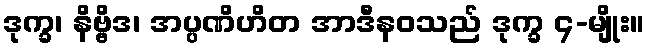
ဒုက္ခ၊ နိဗ္ဗိဒ၊ အပ္ပဏိဟိတ အာဒီနဝသည် ဒုက္ခ ၄-မျိုး။